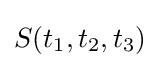
S(t_{1},t_{2},t_{3})